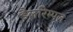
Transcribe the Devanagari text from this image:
डैलरिम्पल